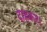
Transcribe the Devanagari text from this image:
दाहकर।